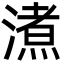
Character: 㵭